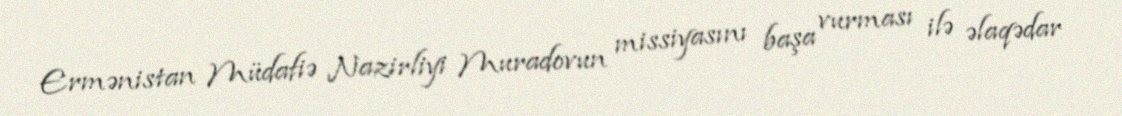
Ermənistan Müdafiə Nazirliyi Muradovun missiyasını başa vurması ilə əlaqədar